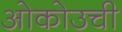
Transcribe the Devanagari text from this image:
ओकोउची